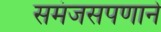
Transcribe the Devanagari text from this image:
समंजसपणाने